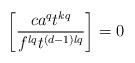
LaTeX: \begin{align*}\left[\frac{ca^qt^{kq}}{f^{lq}t^{(d-1)lq}}\right] = 0\end{align*}